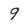
Character: 9